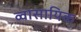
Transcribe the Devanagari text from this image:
व्वासायिक